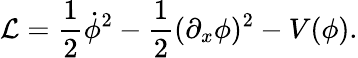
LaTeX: {\cal L}=\frac{1}{2}\dot{\phi}^{2}-\frac{1}{2}(\partial_{x}\phi)^{2}-V(\phi).